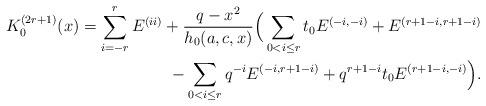
LaTeX: \begin{align*}K^{(2r+1)}_0 (x)=\sum_{i=-r}^{r}E^{(ii)}+\frac{q-x^2}{h_0(a,c,x)}\Big(\sum_{0 < i \leq r}t_0 E^{(-i,-i)}+E^{(r+1-i,r+1-i)}\\{}-\sum_{0 < i \leq r}q^{-i}E^{(-i,r+1-i)}+q^{r+1-i} t_0E^{(r+1-i,-i)}\Big).\end{align*}